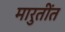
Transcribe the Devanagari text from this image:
मारुतींत